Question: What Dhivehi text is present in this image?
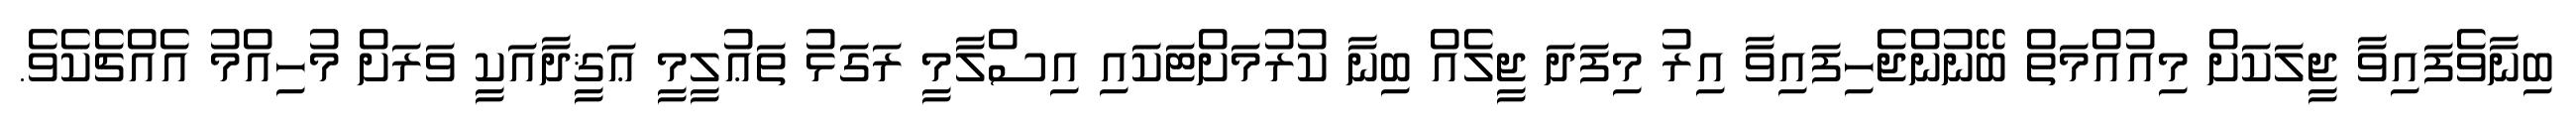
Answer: ބިނާވެފައިވާ ޖީލަކަށް މިއުއްމަތް ބޭނުންޖެހިފައިވާ އިރު މިފަދަ ޖީލެއް ބިނާ ކުރުމަށްޓަކައި އިސްލާމީ ރަގަޅު ތަޢުލީމީ ޢަޤީދާއަކީ ވަރަށް މުހިއްމު އެއްޗެކެވެ.